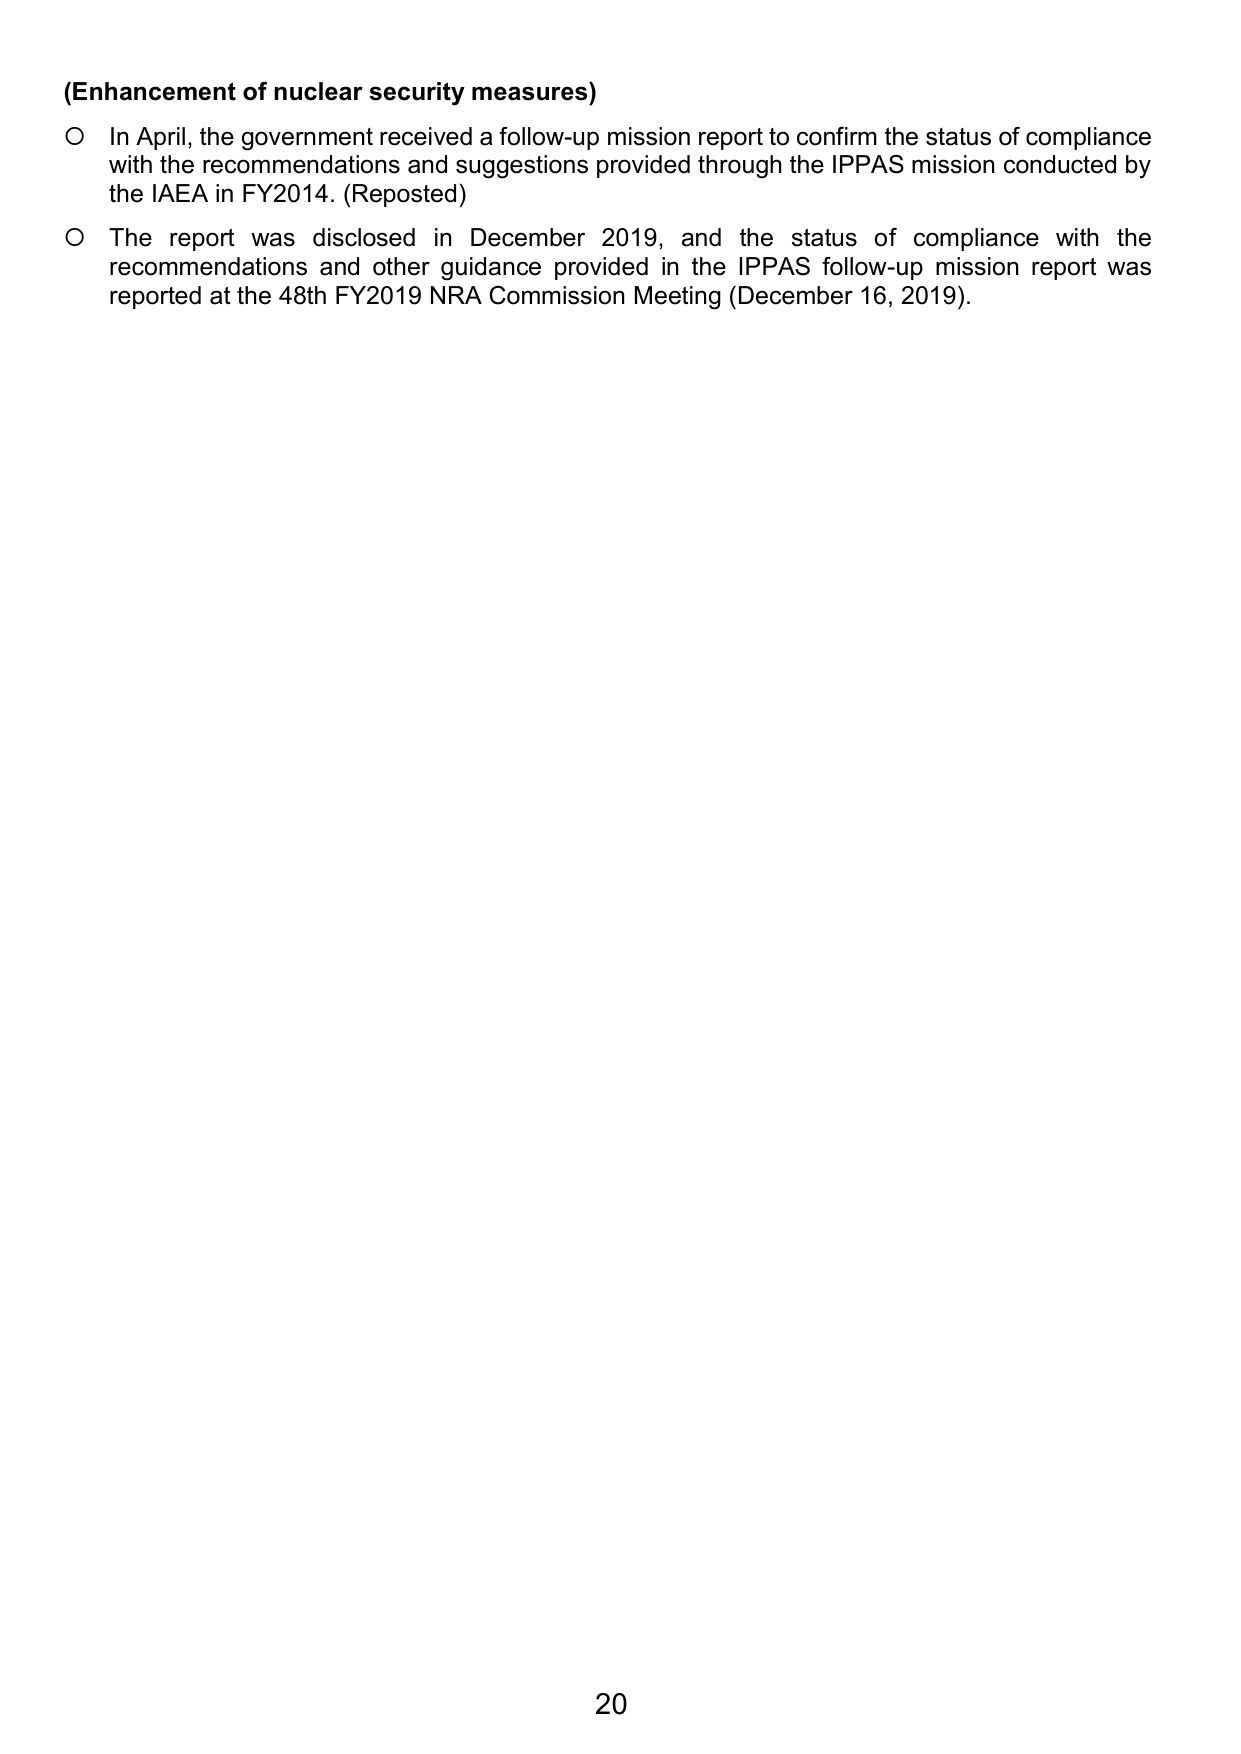
(Enhancement of nuclear security measures)

○ In April, the government received a follow-up mission report to confirm the status of compliance with the recommendations and suggestions provided through the IPPAS mission conducted by the IAEA in FY2014. (Reposted)

○ The report was disclosed in December 2019, and the status of compliance with the recommendations and other guidance provided in the IPPAS follow-up mission report was reported at the 48th FY2019 NRA Commission Meeting (December 16, 2019).

20